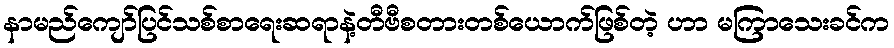
နာမည်ကျော်ပြင်သစ်စာရေးဆရာနဲ့တီဗီစတားတစ်ယောက်ဖြစ်တဲ့ ဟာ မကြာသေးခင်က